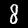
Digit: 8